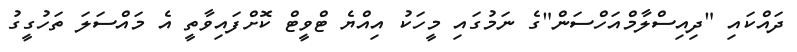
ދައްކައި "ދިއިސްލާމްއަހްސަން"ގެ ނަމުގައި މީހަކު އިއްޔެ ޓްވީޓް ކޮށްފައިވާތީ އެ މައްސަލަ ތަހުގީގު